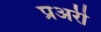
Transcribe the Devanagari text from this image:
प्रअरी